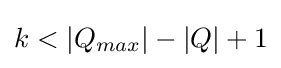
k<{|Q_{max}|}-{|Q|}+1